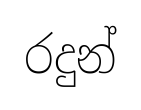
රදුන්